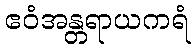
ဧဝံအန္တရာယကရံ